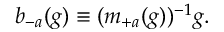
b _ { - a } ( g ) \equiv ( m _ { + a } ( g ) ) ^ { - 1 } g .